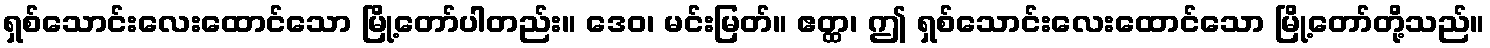
ရှစ်သောင်းလေးထောင်သော မြို့တော်ပါတည်း။ ဒေဝ၊ မင်းမြတ်။ ဧတ္ထ၊ ဤ ရှစ်သောင်းလေးထောင်သော မြို့တော်တို့သည်။